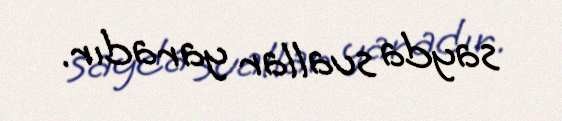
sayda suallar yaradır.